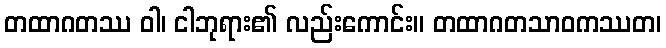
တထာဂတဿ ဝါ၊ ငါဘုရား၏ လည်းကောင်း။ တထာဂတသာဝကဿတ၊